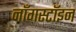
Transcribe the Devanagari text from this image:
नॉँगस्टॉइन